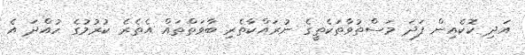
އަދި ކޮކެއިން ފަދަ މަސްތުވާތަކެތީގެ ނުރައްކާތެރި ބާވަތްތައް އެތެރެ ކުރުމުގެ ހުއްދަ އެ